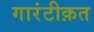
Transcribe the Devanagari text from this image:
गारंटीक़त